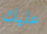
عليك